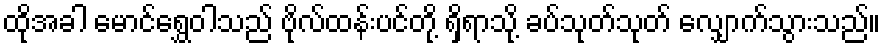
ထိုအခါ မောင်ရွှေဝါသည် ဗိုလ်ထန်းပင်တို့ ရှိရာသို့ ခပ်သုတ်သုတ် လျှောက်သွားသည်။